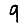
Digit: 9